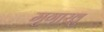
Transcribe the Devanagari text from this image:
मृगाखु